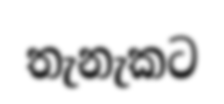
තැනැකට